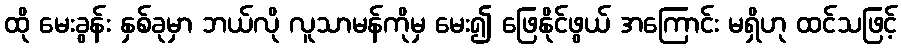
ထို မေးခွန်း နှစ်ခုမှာ ဘယ်လို လူသာမန်ကိုမှ မေး၍ ဖြေနိုင်ဖွယ် အကြောင်း မရှိဟု ထင်သဖြင့်